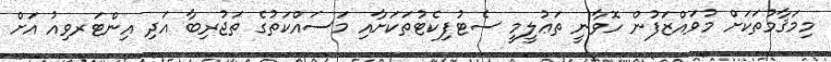
މިމަޤާމުތަކަށް މުވައްޒަފުން ހޮވާނީ ތަޢުލީމީ ސެޓުފިކެޓުތަކަށާއި މަސައްކަތުގެ ތަޖުރިބާ އަދި އިންޓަރވިއު އަށް